Report of the Municipal Commissioner on the plague in Bombay for the year ending 31st May... - Volume 3
Disease focus: Plague
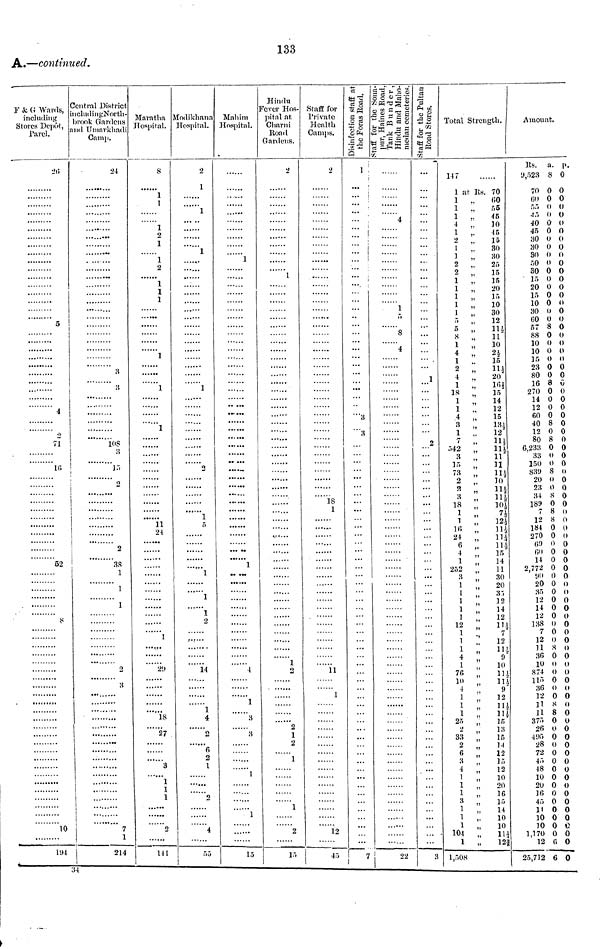
133
A.—continued.
F & G Wards,
including
Stores Depot.
Parel.
5
¡
|
1
Central District
includingNorth-
brook Gardens
and Umarkhadi
Camp.
24
...
3
3
!
o
71
16
10
194
108
3
].".
o
2
!
38
i
1
1
214
Maratha
Hospital.
S
1
1
1
2
1
1
2
1
1
1
1
1
1
11
24
......
1
.......
27
3
1
......
141
Modikhann
Hospital.
2
1
1
1
...
...
1
......
1
1
1
1
14
1
4
6
1
55
Mahim
Hospital.
1
......
1
.. ...
4
1
3
3
1
15
Hindu
Fever Hos-
pital at,
Charni
Road
Gardens.
2
1
......
1
2
1
2
1
2
15
Staff for
Private
Health
Camps.
18
1
11
1
12
45
Disinfection staff at
the Foras Road.
1 ,
Staff for the Sonapur, Haines Road Tank Bunde Hindu and Ma
4
¡
i
•"3
3
...
...
1
8
4
22
Staff for the Pultan
Road Stores.
...
...
1
2
Total Strength.
147
1 at Ils. 70
1
.,
60
1
.,
f,5
1
,.
45
4
,.
10
1
,.
45
2
..
15
1 ,,
30
1
„
30
2
,.
25
2
„
15
1
,,
20
1
„
15
1
„
10
1
„
30
5
,.
12
5 ,, 111/2
8
..
11
1
„
10
4 ,, 21/2
1
,,
15
2
„ 111/2
4
.,
20
1
,, 161/2
18
„
15
1
„
14
1
„
12
4
„
15
3
„ 131/2
7
„ 111/2
542
„ 111/2
3
„
11
15
,,
31
73
„
111/2
2
„
10
3
111/2
18
"
10
71/2
121/2
16 ,, 111/2
24 ,, 111/2
6 ,, 111/2
4
15
1
14
252
11
3
30
1
.,
20
35
1
,,
12
1
,
14
1
12
12
, 111/2
7
1
„ 111/2
4 ,, 9
1
,,
10
76 ,, 111/2
10
„ 111/2
4
,,
9
1
12
1
"
H
1
„ 111/2
25
„
15
2
„
13
33
„
15
2
,,
14
6
„
12
3
„
15
4
„
12
1
„
10
1
„
20
1
„
16
3 ,, 15
1 ,, 14
1
„
10
1
„
10
104
„ 111/2
1
„ 121/2
1,508
Amount.
Es. a. p.
9,523 8 0
70 0 0
60 0 0
55 0 0
45 0 0
40 0 0
45 0 0
30 0 0
30 0 0
50 0 0
30 0 0
15 0 0
20 0 0
15 0 0
10 0
0
30 0 0
60 0 0
50 0 0
88 0 0
10 0 0
10 0 0
15 0 0
23 0 0
80 0 0
16 0 0
270 0 0
14 0 0
12 0 0
60 0 0
40 8 0
12 0 0
6,233 0 0
33 0 0
150 0 0
20 0 0
34 S 0
189 0 0
780
12 8 0
184 0 0
270 0 0
6Í) 0 0
60 0 0
14 0 0
2,772 0 0
1)0 0 0
20 0 0
35 0 0
12 0 0
14 0 0
12 0 0
138 0 0
7 0 0
12 0 0
11 S 0
36 0 0
10 0 ()
874 0 0
115 0 0
36 0 0
12 0 0
11 8 0
11 8 0
375 0 0
26 0 0
4!>5 0 0
28 0 0
72 0 0
45 0 0
48 0 0
10 0 0
20 0 0
16 0 0
45 0 0
1
0 0
10 0 0
10 0 0
1,170 0 0
}
12 6 0
25,712 6 0